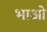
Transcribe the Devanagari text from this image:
भाओ